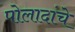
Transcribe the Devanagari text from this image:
पोलादांचे